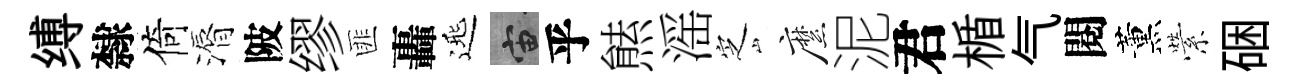
缚隸倚漘陂缪匪轟𨓱宙乎㷱滛㝎縻泥君楯气閱薰縈硱